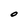
Character: O